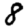
Digit: 8